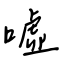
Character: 噓